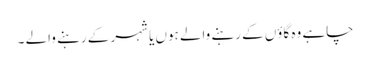
چاہے وہ گاؤں کے رہنے والے ہوں یا شہر کے رہنے والے ۔